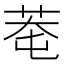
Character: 䓐